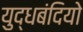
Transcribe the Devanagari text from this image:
युद्धबंदियो